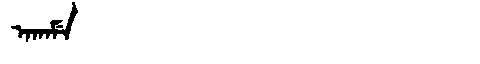
Manchu: ᠠᡴᠠᠮᡝ
Romanization: AKAME